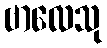
ဗာလေသု